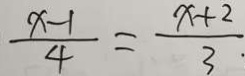
\frac { x - 1 } { 4 } = \frac { x + 2 } { 3 }